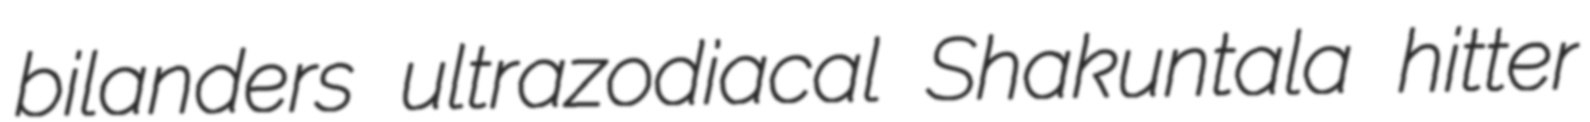
bilanders ultrazodiacal Shakuntala hitter